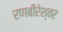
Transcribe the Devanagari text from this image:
रणबीरेश्वर